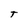
Character: T